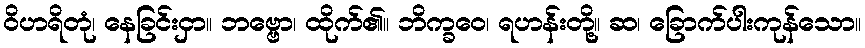
ဝိဟရိတုံ၊ နေခြင်းငှာ။ ဘဗ္ဗော၊ ထိုက်၏။ ဘိက္ခဝေ၊ ရဟန်းတို့။ ဆ၊ ခြောက်ပါးကုန်သော။